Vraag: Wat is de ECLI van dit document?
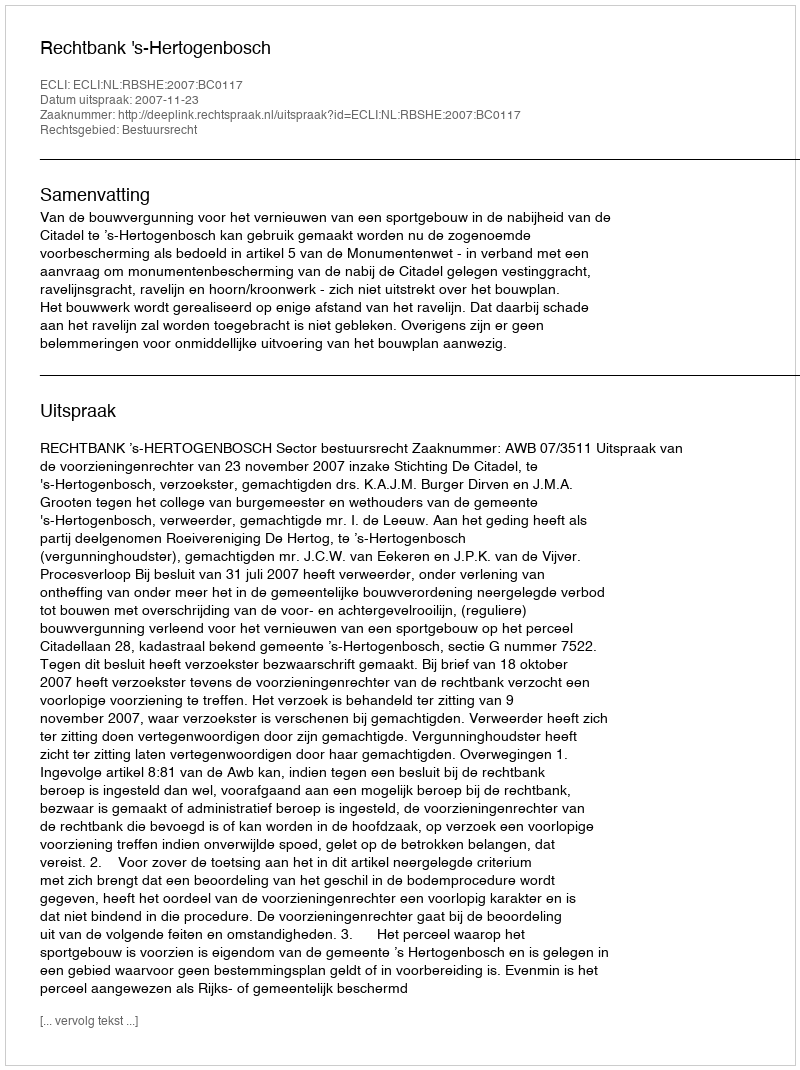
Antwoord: ECLI:NL:RBSHE:2007:BC0117